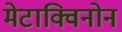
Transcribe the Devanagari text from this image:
मेटाक्विनोन